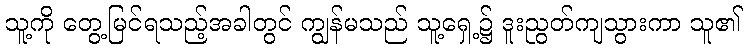
သူ့ကို တွေ့မြင်ရသည့်အခါတွင် ကျွန်မသည် သူ့ရှေ့၌ ဒူးညွတ်ကျသွားကာ သူ၏